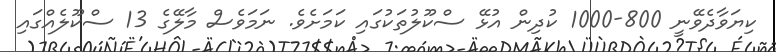
ކިޔަވާދެވޭނީ 800-1000 ކުދިން އުޅޭ ސްކޫލުތަކުގައި ކަމަށެވެ. ނަމަވެސް މާލޭގެ 13 ސްކޫލެއްގައި